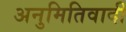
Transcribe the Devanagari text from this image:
अनुमितिवादी